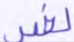
لغير